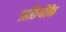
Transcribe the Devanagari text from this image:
प्रतियोंके